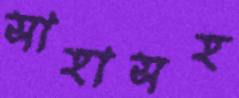
সাহাসহ